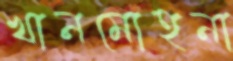
খানমোহনা